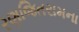
રણજિતરામના